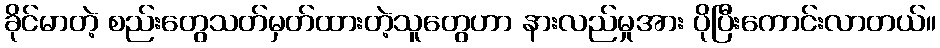
ခိုင်မာတဲ့ စည်းတွေသတ်မှတ်ထားတဲ့သူတွေဟာ နားလည်မှုအား ပိုပြီးကောင်းလာတယ်။